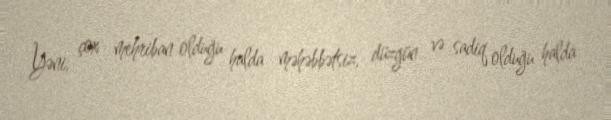
Yəni, çox mehriban olduğu halda məhəbbətsiz, düzgün və sadiq olduğu halda